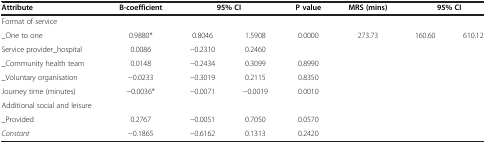
| Attribute | Β-coefficient | <COLSPAN=2> 95% CI | P value | MRS (mins) | <COLSPAN=2> 95% CI |
 | --- | --- | --- | --- | --- | --- | --- | --- |
 | Format of service |  |  |  |  |  |  |  |
 | _One to one | 0.9880* | 0.8046 | 1.5908 | 0.0000 | 273.73 | 160.60 | 610.12 |
 | Service provider_hospital | 0.0086 | -0.2310 | 0.2460 |  |  |  |  |
 | _Community health team | 0.0148 | -0.2434 | 0.3099 | 0.8990 |  |  |  |
 | _Voluntary organisation | -0.0233 | -0.3019 | 0.2115 | 0.8350 |  |  |  |
 | Journey time (minutes) | -0.0036* | -0.0071 | -0.0019 | 0.0010 |  |  |  |
 | Additional social and leisure |  |  |  |  |  |  |  |
 | _Provided | 0.2767 | -0.0051 | 0.7050 | 0.0570 |  |  |  |
 | Constant | -0.1865 | -0.6162 | 0.1313 | 0.2420 |  |  |  |